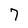
Character: 7